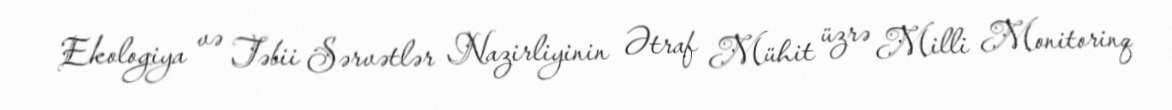
Ekologiya və Təbii Sərvətlər Nazirliyinin Ətraf Mühit üzrə Milli Monitorinq